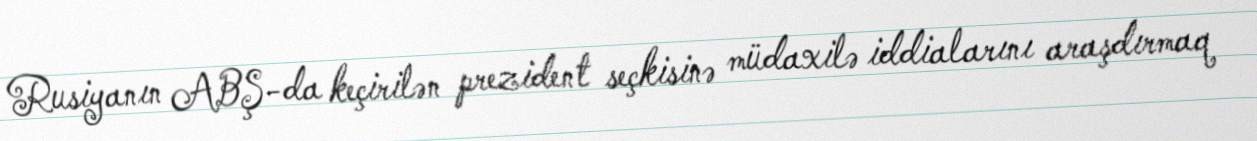
Rusiyanın ABŞ-da keçirilən prezident seçkisinə müdaxilə iddialarını araşdırmaq